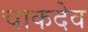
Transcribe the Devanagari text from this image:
चाकदेव